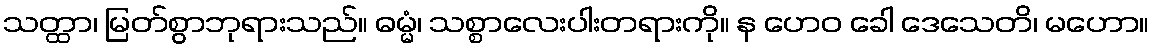
သတ္ထာ၊ မြတ်စွာဘုရားသည်။ ဓမ္မံ၊ သစ္စာလေးပါးတရားကို။ န ဟေဝ ခေါ ဒေသေတိ၊ မဟော။